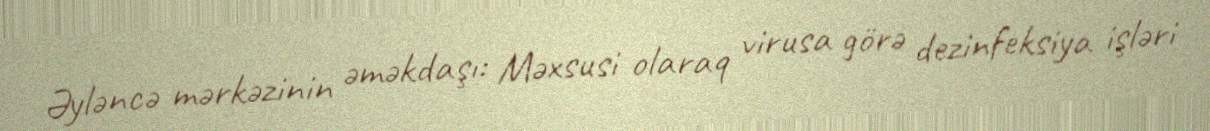
Əyləncə mərkəzinin əməkdaşı: Məxsusi olaraq virusa görə dezinfeksiya işləri